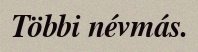
Többi névmás.